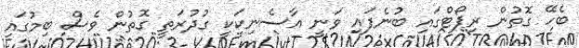
ބެހޭ ގޮތުން ރިޕޯޓްގައި ބުނެފައި ވަނީ އާސެނިކަކީ ގުދުރަތީ ގޮތުން ވެސް ބިމުގައި